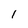
Character: l